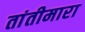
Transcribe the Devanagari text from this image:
तांतीमारा